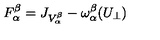
F _ { \alpha } ^ { \beta } = J _ { V _ { \alpha } ^ { \beta } } - \omega _ { \alpha } ^ { \beta } ( U _ { \perp } )